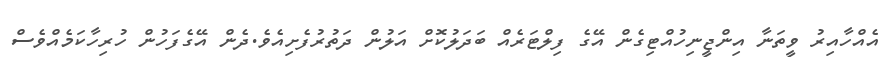
އެއްހާއިރު ވީތަނާ އިންޖީނިހުއްޓިގެން އޭގެ ފިލްޓަރެއް ބަދަލުކޮށް އަލުން ދަތުރުފެށިއެވެ.ދެން އޭގެފަހުން ހުރިހާކަމެއްވެސް